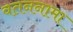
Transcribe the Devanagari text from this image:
वतननामा